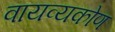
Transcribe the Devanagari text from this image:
वायव्यकोण